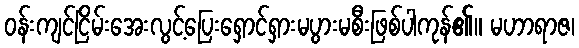
ဝန်းကျင်ငြိမ်းအေးလွင့်ပြေးရှောင်ရှားမပွားမစီးဖြစ်ပါကုန်၏။ မဟာရာဇ၊